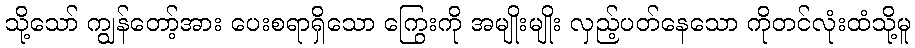
သို့သော် ကျွန်တော့်အား ပေးစရာရှိသော ကြွေးကို အမျိုးမျိုး လှည့်ပတ်နေသော ကိုတင်လုံးထံသို့မူ